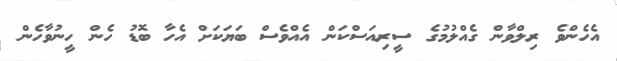
އެހެންވެ ރިލްވާން ގެއްލުމުގެ ސީރިއަސްކަން އެއްވެސް ބަޔަކަށް އެހާ ބޮޑު ހެން ހީނުވާހެން